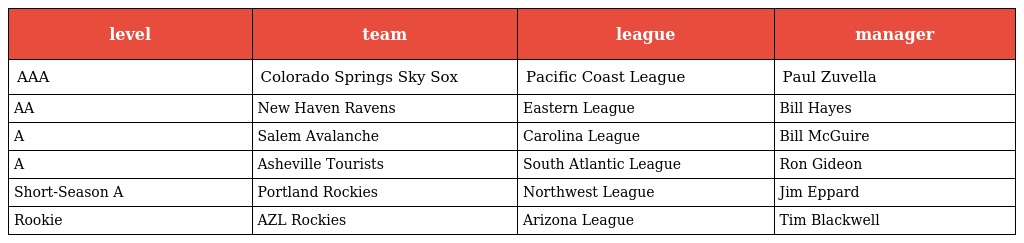
| level | team | league | manager |
 | --- | --- | --- | --- |
 | AAA | Colorado Springs Sky Sox | Pacific Coast League | Paul Zuvella |
 | AA | New Haven Ravens | Eastern League | Bill Hayes |
 | A | Salem Avalanche | Carolina League | Bill McGuire |
 | A | Asheville Tourists | South Atlantic League | Ron Gideon |
 | Short-Season A | Portland Rockies | Northwest League | Jim Eppard |
 | Rookie | AZL Rockies | Arizona League | Tim Blackwell |